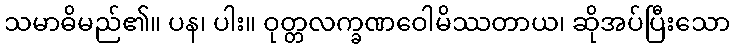
သမာဓိမည်၏။ ပန၊ ပါး။ ဝုတ္တလက္ခဏဝေါမိဿတာယ၊ ဆိုအပ်ပြီးသော